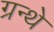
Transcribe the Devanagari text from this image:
ग्रन्थे